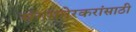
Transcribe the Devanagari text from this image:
संगमनेरकरांसाठी